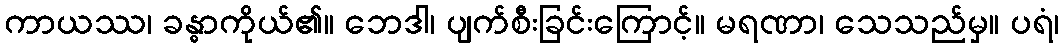
ကာယဿ၊ ခန္ဓာကိုယ်၏။ ဘေဒါ၊ ပျက်စီးခြင်းကြောင့်။ မရဏာ၊ သေသည်မှ။ ပရံ၊